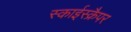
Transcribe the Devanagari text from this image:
स्काईस्क्रैपर